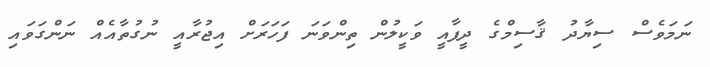
ނަމަވެސް ސިޔާދު ޤާސިމްގެ ދީފާއީ ވަކީލުން ތިންވަނަ ފަހަރަށް އިޖުރާއީ ނުގުތާއެއް ނަންގަވައި